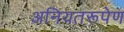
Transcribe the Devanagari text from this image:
अनियतरूपेण